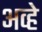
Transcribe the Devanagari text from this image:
अव्हे